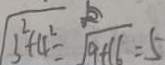
\sqrt { 3 ^ { 2 } + 4 ^ { 2 } } = \sqrt { 9 + 1 6 } = 5